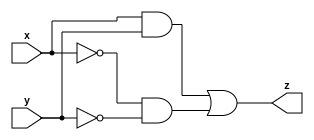
module top_module ( input x, input y, output z );
    assign z = (x & y) | (~x & ~y);
endmodule
// better method: z = ~(x^y);